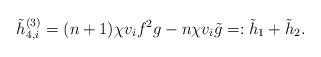
LaTeX: \begin{align*}\tilde{h}_{4,i}^{(3)}=(n+1)\chi v_i f^2g-n\chi v_i \tilde{g}=:\tilde{h}_1+\tilde{h}_2.\end{align*}